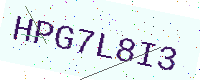
Text: HPG7L8I3